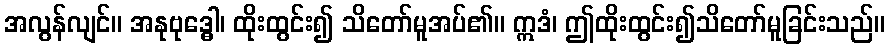
အလွန်လျင်။ အနုဗုဒ္ဓေါ၊ ထိုးထွင်း၍ သိတော်မူအပ်၏။ ဣဒံ၊ ဤထိုးထွင်း၍သိတော်မူခြင်းသည်။